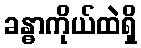
ခန္ဓာကိုယ်ထဲရှိ